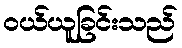
ဝယ်ယူခြင်းသည်